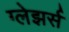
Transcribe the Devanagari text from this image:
ग्लेझर्स